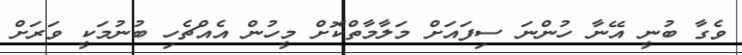
ވެގާ ބުނީ އޭނާ ހުންނަ ސިފައަށް މަލާމާތްކޮށް މީހުން އެއްޗެހި ބުނުމަކީ ވަރަށް